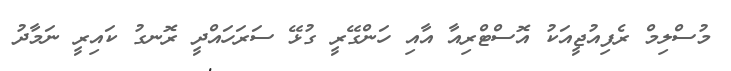
މުސްލިމް ރެފިއުޖީއަކު އޮސްޓްރިއާ އާއި ހަންގޭރީ ގުޅޭ ސަރަހައްދީ ރޮނގު ކައިރީ ނަމާދު